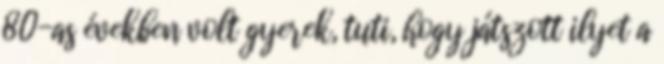
80-as években volt gyerek, tuti, hogy játszott ilyet a